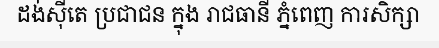
ដង់ស៊ីតេ ប្រជាជន ក្នុង រាជធានី ភ្នំពេញ ការសិក្សា